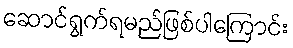
ဆောင်ရွက်ရမည်ဖြစ်ပါကြောင်း